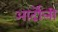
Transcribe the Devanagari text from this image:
आर्दोली